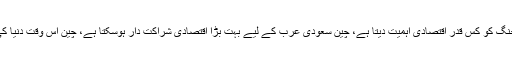
سعودی عرب کے تعلیمی اداروں میں چینی زبان سکھانے سے یہ واضح ہورہا ہے کہ سعودی عرب بیجنگ کو کس قدر اقتصادی اہمیت دیتا ہے، چین سعودی عرب کے لیے بہت بڑا اقتصادی شراکت دار ہوسکتا ہے، چین اس وقت دنیا کی دوسری بڑی معاشی طاقت ہے اور سعودی عرب چینی اقتصادی حجم سے بھرپور فائدہ اُٹھا سکتا ہے۔